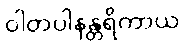
ဝါတပါနန္တရိကာယ